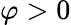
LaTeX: \varphi>0